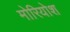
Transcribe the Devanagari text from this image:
मोरियोश